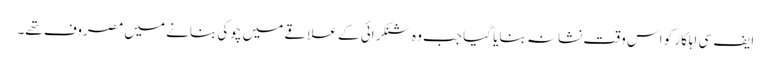
ایف سی اہلکار کو اس وقت نشانہ بنایا گیا جب وہ شنکرائی کے علاقے میں چوکی بنانے میں مصروف تھے۔